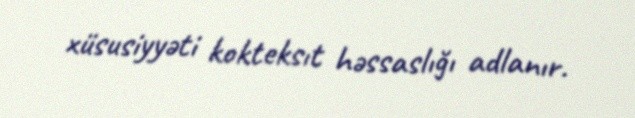
xüsusiyyəti kokteksıt həssaslığı adlanır.